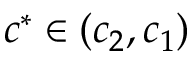
c ^ { * } \in ( c _ { 2 } , c _ { 1 } )